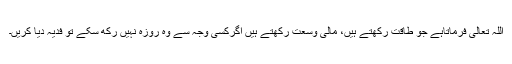
اللہ تعالیٰ فرماتاہے جو طاقت رکھتے ہیں، مالی وسعت رکھتے ہیں اگرکسی وجہ سے وہ روزہ نہیں رکھ سکے تو فدیہ دیا کریں۔